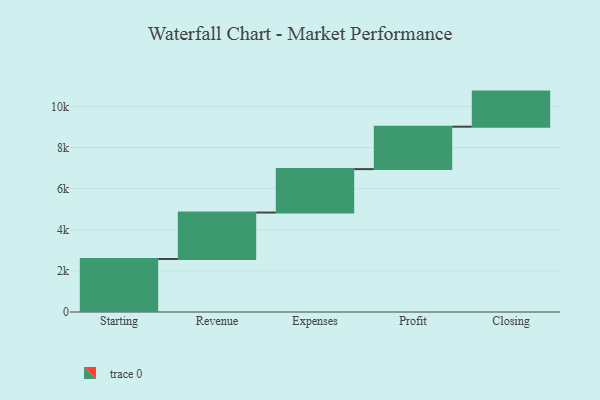
{"axis": {"x": "Step", "y": "Value"}, "legend": [""], "data": [{"x": "Starting", "y": 2579.0, "type": ""}, {"x": "Revenue", "y": 2260.0, "type": ""}, {"x": "Expenses", "y": 2113.0, "type": ""}, {"x": "Profit", "y": 2064.0, "type": ""}, {"x": "Closing", "y": 1707.0, "type": ""}]}